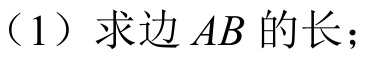
（1）求边 \(AB\) 的长；